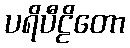
ပရိပီဠိတော